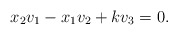
\begin{align*}x_2v_1-x_1v_2+kv_3=0.\end{align*}